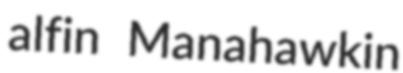
alfin Manahawkin